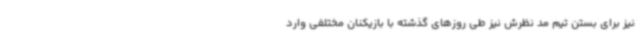
نیز برای بستن تیم مد نظرش نیز طی روزهای گذشته با بازیکنان مختلفی وارد